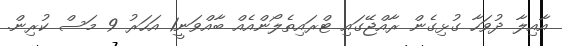
އާއިލާ ދުވަހާ ގުޅިގެން ރާއްޖޭގައި ޓްރައިތެލޯންއެއް ބާއްވަނީ1 އަހަރު 9 މަސް ކުރިން.